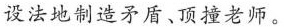
设法地制造矛盾、顶撞老师。